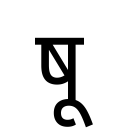
OCR:
षू